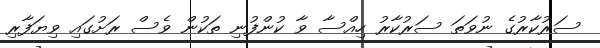
ސަރުކާރުގެ ނުވަތަ ސަރުކާރު ހިއްސާ ވާ ކުންފުނި ތަކުން ވެސް ރަށުގައި ވިޔަފާރި